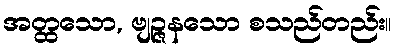
အတ္ထသော, ဗျဉ္ဇနသော စသည်တည်း။